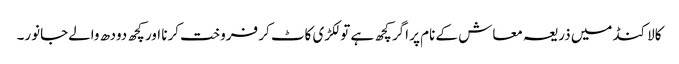
کالاکنڈ میں ذریعہ معاش کے نام پر اگر کچھ ہے تو لکڑی کاٹ کر فروخت کرنا اور کچھ دودھ والےجانور۔